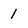
Character: 1